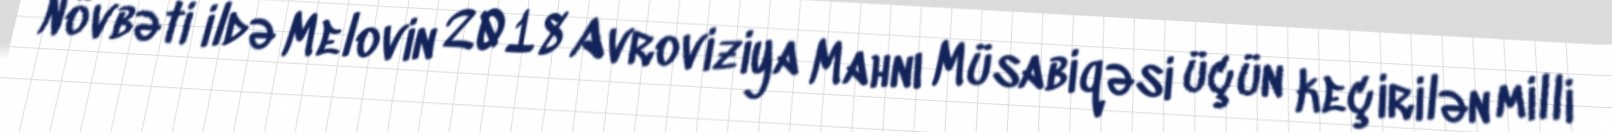
Növbəti ildə Melovin 2018 Avroviziya Mahnı Müsabiqəsi üçün keçirilən milli